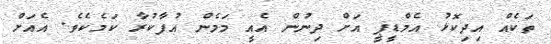
ތަކެއް އިދިކޮޅު އެމްޑީޕީ އަށް ދިނުން އެއީ މަމެން އުފާކުރާ ކަމެކެވެ. އެއަށް